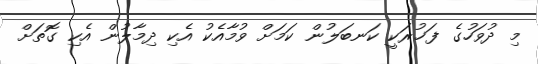
މި ދުވަހުގެ ފަޚުރަކީ ކަނބަލުން ކަމަށް ވުމާއެކު އެކި ދިމާލުން އެކި ގޮތަށް